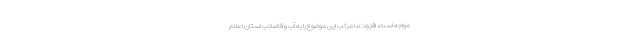
مواجه است، افزود: ما مرتب این موضوع را به آب و فاضلاب استان اعلام